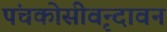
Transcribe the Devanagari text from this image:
पंचकोसीवृन्दावन